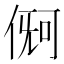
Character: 𪝏